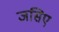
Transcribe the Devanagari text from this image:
जसिए